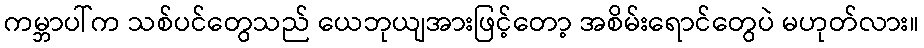
ကမ္ဘာပါ်က သစ်ပင်တွေသည် ယေဘုယျအားဖြင့်တော့ အစိမ်းရောင်တွေပဲ မဟုတ်လား။